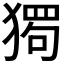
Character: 𰡡